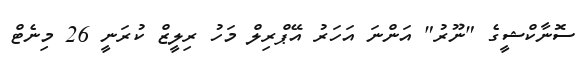
ސޮނާކްޝީގެ "ނޫރު" އަންނަ އަހަރު އޭޕްރިލް މަހު ރިލީޒް ކުރަނީ 26 މިނެޓް